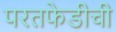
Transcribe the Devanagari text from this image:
परतफेडीची